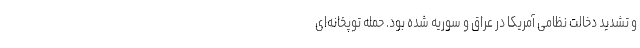
و تشدید دخالت نظامی آمریکا در عراق و سوریه شده بود. حمله توپخانه‌ای